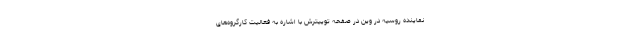
نماینده روسیه در وین در صفحه توییترش با اشاره به فعالیت کارگروه‌های